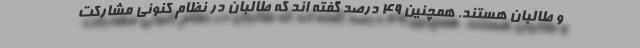
و طالبان هستند. همچنین ۴۹ درصد گفته اند که طالبان در نظام کنونی مشارکت